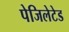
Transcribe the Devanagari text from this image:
पेजिलेटेड